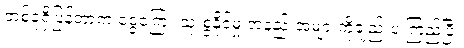
တစ်ခုရှိပြန်တာက ငွေကြေး သုံးစွဲနိုင်မှု အနည်းအများကိုချည်းပဲ ကြည့်ပြီး